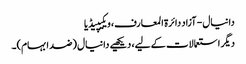
دانیال - آزاد دائرۃ المعارف، ویکیپیڈیا
دیگر استعمالات کے لیے، دیکھیے دانیال (ضد ابہام)۔